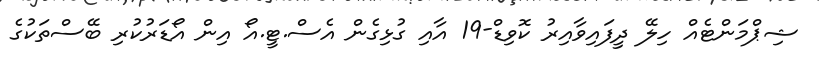
ޝިޕްމަންޓެއް ހިލޭ ދީފައިވާއިރު ކޮވިޑް-19 އާއި ގުޅިގެން އެސް.ޓީ.އޯ އިން އޯޑަރުކުރި ބޭސްތަކުގެ